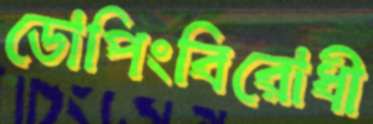
ডোপিংবিরোধী